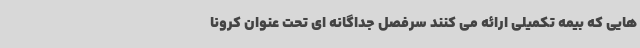
هایی که بیمه تکمیلی ارائه می کنند سرفصل جداگانه ای تحت عنوان کرونا